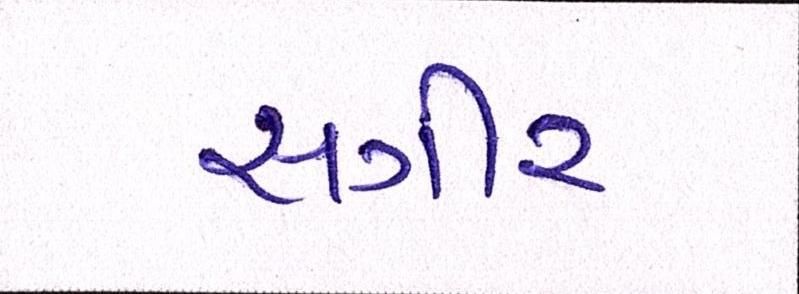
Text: સગીર